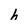
Character: h